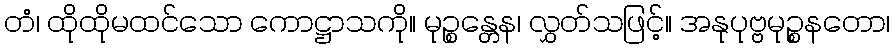
တံ၊ ထိုထိုမထင်သော ကောဋ္ဌာသကို။ မုဉ္စန္တေန၊ လွှတ်သဖြင့်။ အနုပုဗ္ဗမုဉ္စနတော၊